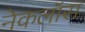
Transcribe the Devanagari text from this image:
नेकलॉस